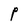
Character: P